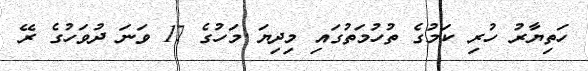
ހަތިޔާރު ހުރި ކަމުގެ ތުހުމަތުގައި މިދިޔަ މަހުގެ 17 ވަނަ ދުވަހުގެ ރޭ